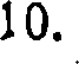
10.